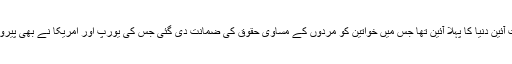
سوویت آئین دنیا کا پہلا آئین تھا جس میں خواتین کو مردوں کے مساوی حقوق کی ضمانت دی گئی جس کی یورپ اور امریکا نے بھی پیروی کی۔